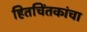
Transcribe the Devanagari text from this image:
हितचिंतकांचा